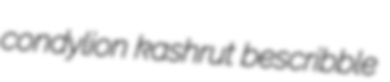
condylion kashrut bescribble